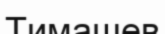
Тимашев